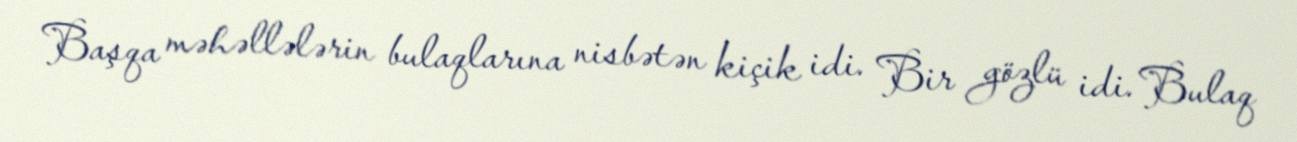
Başqa məhəllələrin bulaqlarına nisbətən kiçik idi. Bir gözlü idi. Bulaq